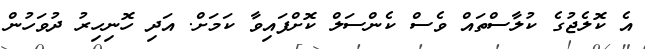
އެ ކޮލެޖުގެ ކުލާސްތައް ވެސް ކެންސަލް ކޮށްފައިވާ ކަމަށް. އަދި ހޮނިހިރު ދުވަހުން